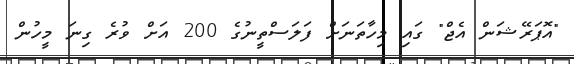
"އޮޕަރޭޝަން އެޖް" ގައި މިހާތަނަށް ފަލަސްތީނުގެ 200 އަށް ވުރެ ގިނަ މީހުން